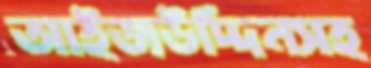
আইজউদ্দিনসহ